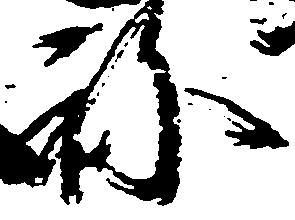
ね